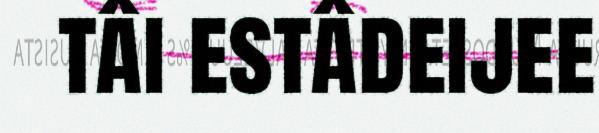
tâi estâdeijee